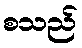
စသည်